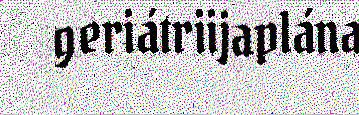
geriátriijaplána